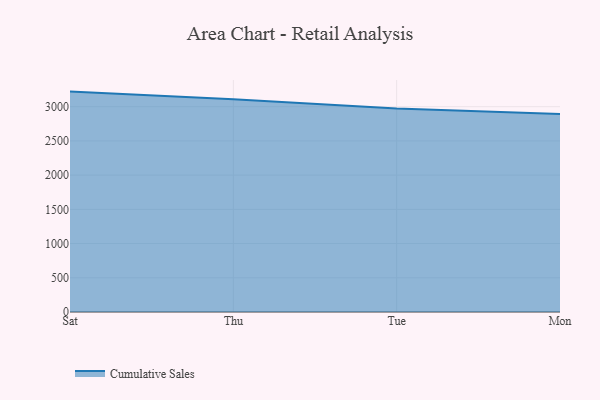
{"axis": {"x": "Day", "y": "Page Views"}, "legend": ["Cumulative Sales"], "data": [{"x": "Sat", "y": 3220.5, "type": "Cumulative Sales"}, {"x": "Thu", "y": 3107.3, "type": "Cumulative Sales"}, {"x": "Tue", "y": 2972.1, "type": "Cumulative Sales"}, {"x": "Mon", "y": 2893.8, "type": "Cumulative Sales"}]}